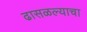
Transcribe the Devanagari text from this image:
ढासळल्याचा